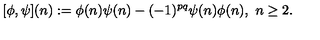
[ \phi , \psi ] ( n ) : = \phi ( n ) \psi ( n ) - ( - 1 ) ^ { p q } \psi ( n ) \phi ( n ) , \ n \geq 2 .